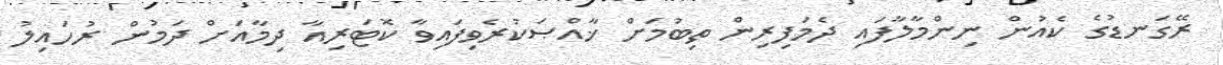
ރޭގަނޑުގެ ކެއުން ނިންމާލާފައި ދެމަފިރިން ތިބުމަށް ޚާއްޞަކުރެވިފައިވާ ކޮޓަރިއާ ދިމާއަށް ދަމުން ރުހައިލު